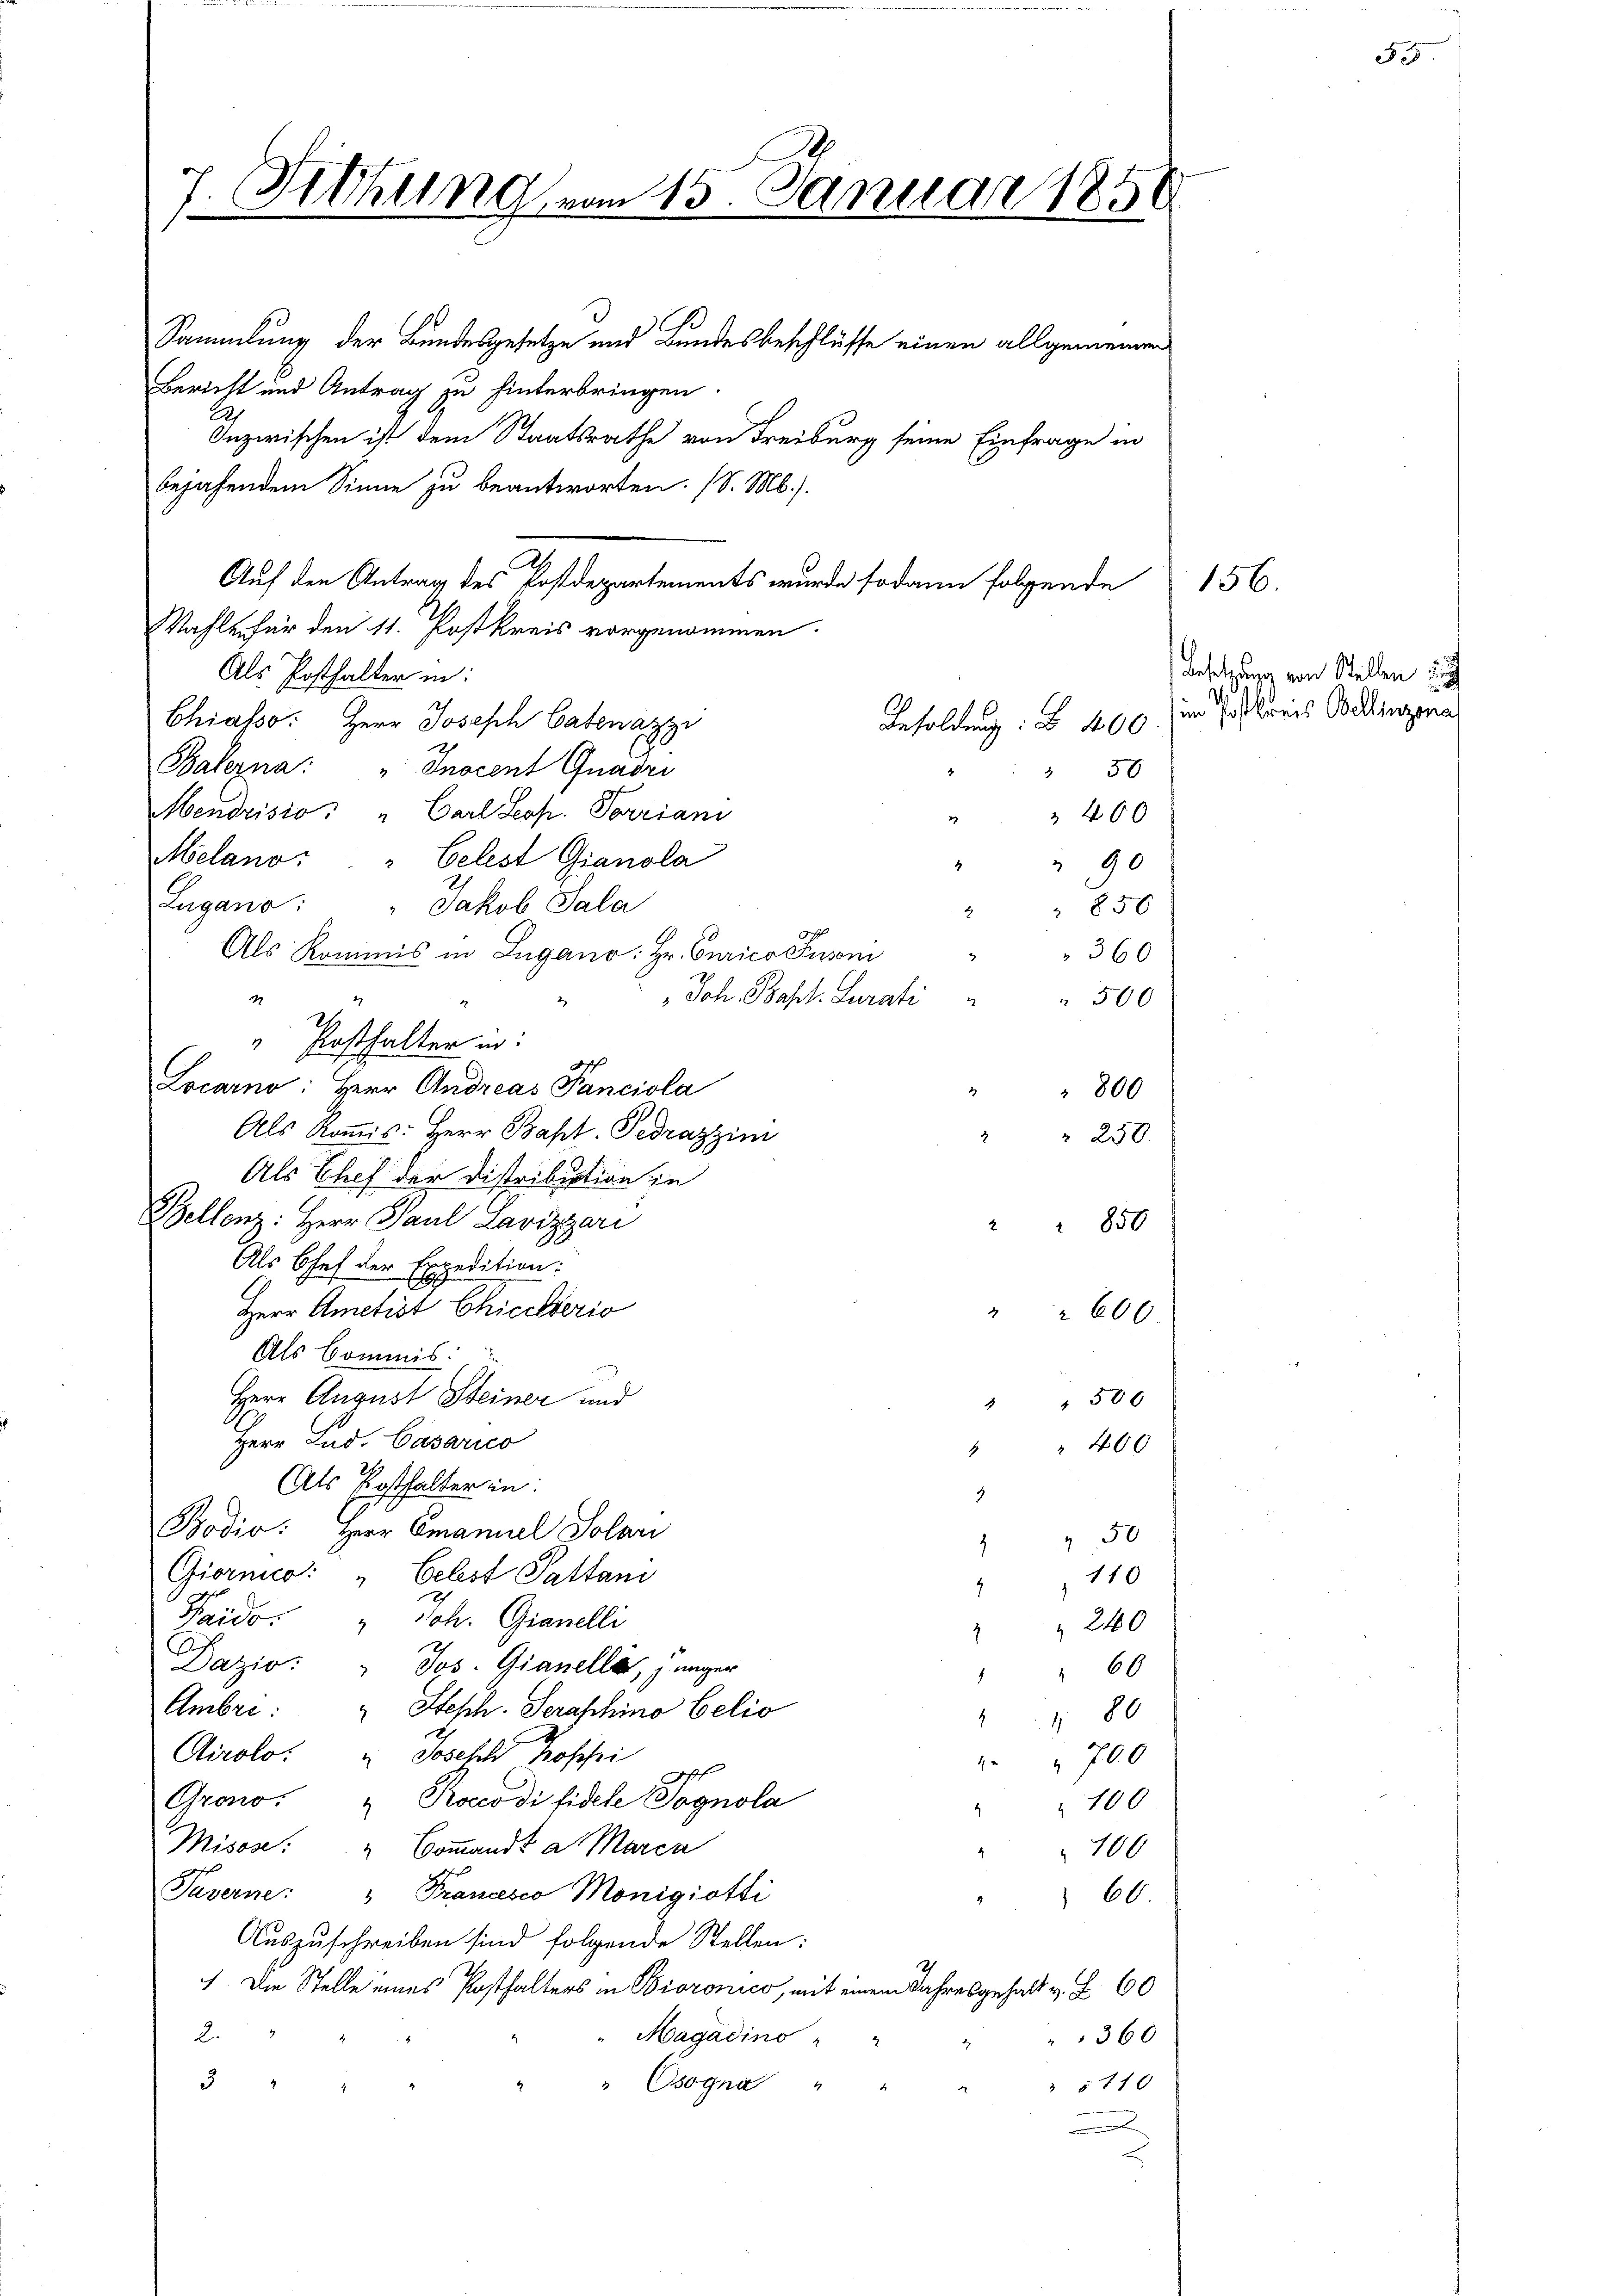
7
ithung vom 15. Januar 1858.

Bericht und Antrag zu hinterbringen.
bejahendem Sinne zu beantworten. (S. M.).
Wahlen für den 11. Postkreis vorgenommen.
Als Posthalter in:
Chiasso. Herr Joseph Catenazzi
Balerna: " Inocent Quadri
Mendrisio: " Carl Leop. Vorriani
 400
Melano. " Celest Gianola
4
90
Lugano: " Jakob Sala
850
4
360
Als Kommis in Zugano: Hr. Curico Pusoni
Joh. Bapt. Curati
39
500
2
" Posthalter in:
def
Locarno: Herr Andreas Tanciola
" " 800
Als Kommis: Herr Bapt. Gedrazzimi
2
Als Chef der Distribution in
Bellenz: Herr Paul Lavizzari
Als Chef der Expedition:
Herr Ametist Chicalserio
600
Als Commis
Herr August Steiner und
" " 506
Herr Lud. Casarico
 " 400
Als Posthalter in
3
Bodio: Herr Emanuel Solari
 50
.
Giornco: „Celest Pattani
110
.
Paido. " Joh. Gianelli
 " 240
2
Dazzio: " Jos. Gianella, jünger
60
Ambri:  Steph. Seraschino belio
 80
Airolo. " Joselb hospi
 700
2
Grono. " Roceodi fidele Sognola
100
Misose. " Coṁandt a Marca
100
Taverne: " Francesco Monigiotti
60
Auszuschreiben sind folgende Stellen:
1. Die Stelle eines Posthalters in Bioronico, mit einem Jahresgehalt v. Z. 60
2.
"Magadino
360
3
" Osogna "
5710
n

Sammlung der Bundesgesetze und Bundesbeschlüsse einen allgemeinen
Inzwischen ist dem Staatsrathe von Freiburg seine Einfrage in
Auf den Antrag des Postdepartements wurde sodann folgende
Besoldung: § 400
3 50

" 850

" 250

156.

55

Besetzung von Stellen un
im Postkreis Bellinzona